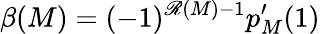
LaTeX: \beta(M)=(-1)^{\mathscr{R}(M)-1}p_{M}^{\prime}(1)